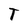
Character: T